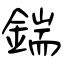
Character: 鍴